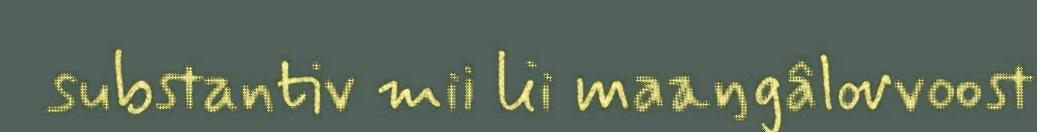
substantiv mii lii maaŋgâlovvoost